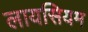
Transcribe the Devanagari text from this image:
लायसियम